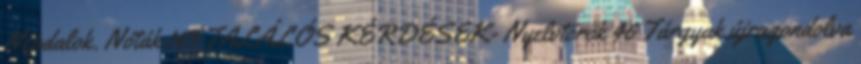
Népdalok. Nóták 143 TALÁLÓS KÉRDÉSEK- Nyelvtörők 46 Tárgyak újragondolva